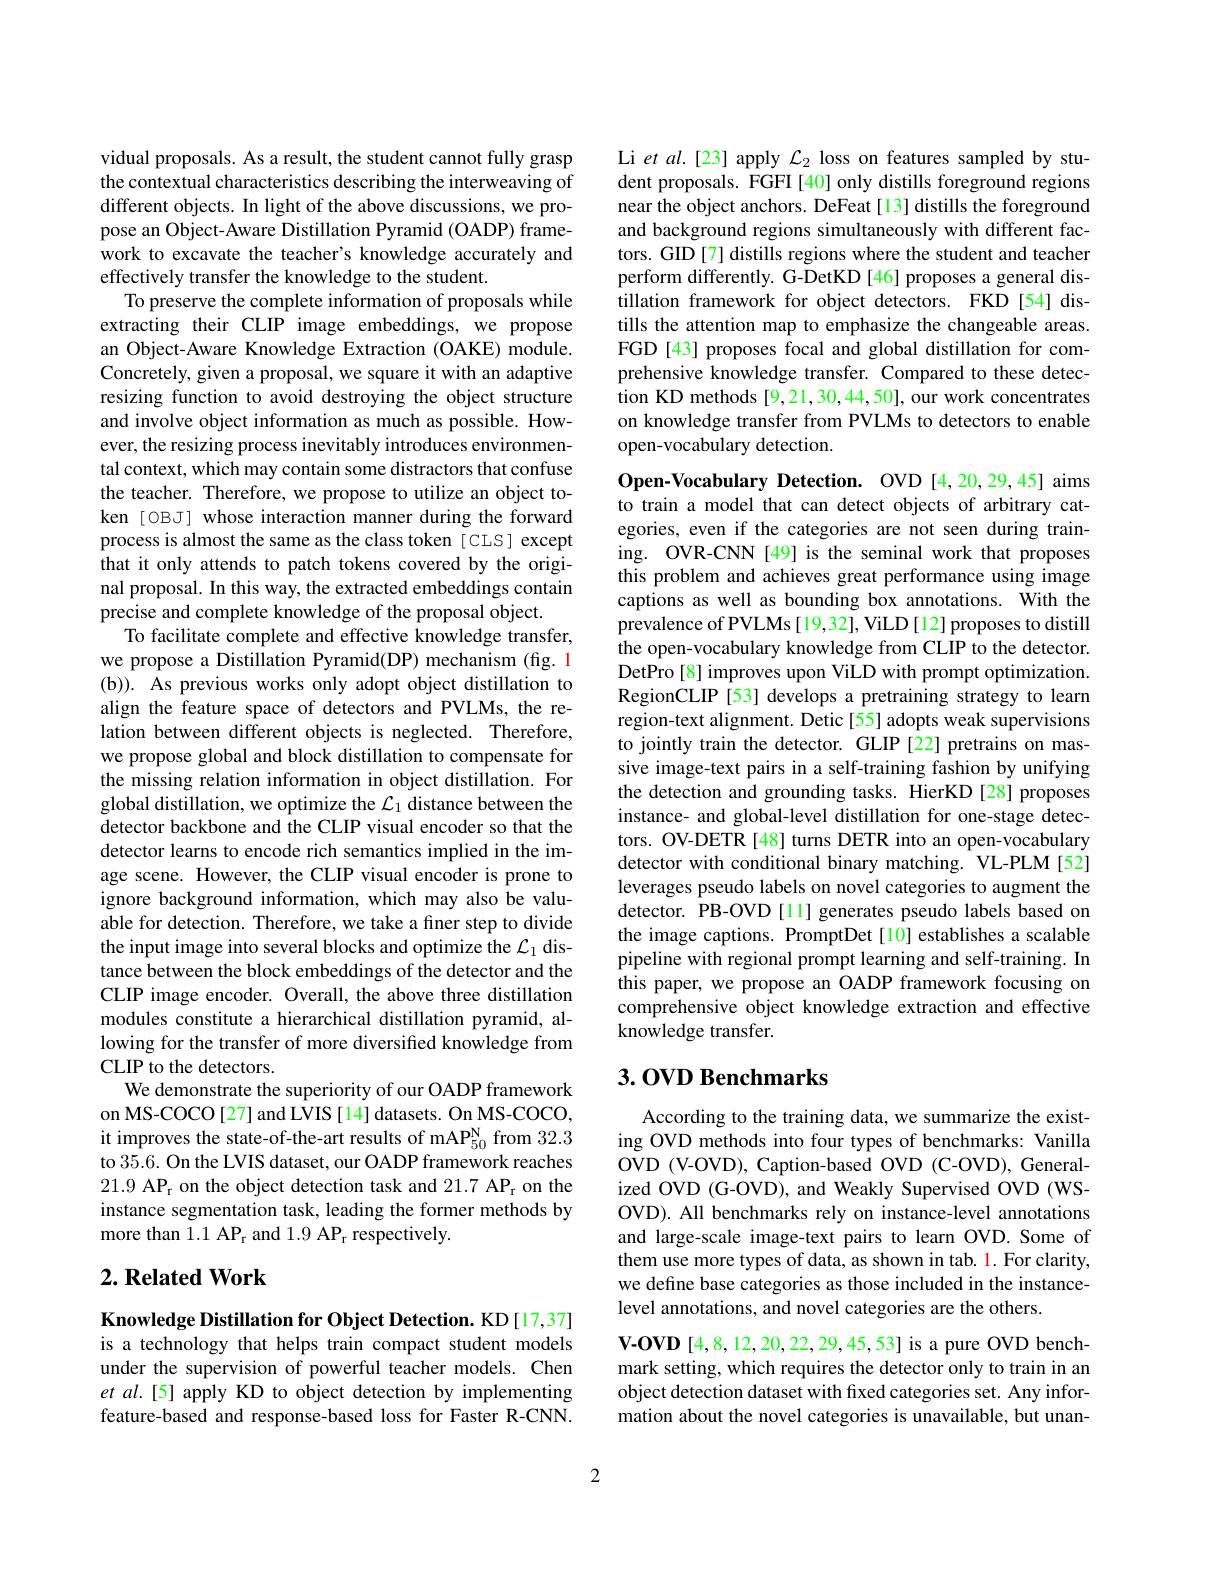
vidual proposals. As a result, the student cannot fully grasp the contextual characteristics describing the interweaving of different objects. In light of the above discussions, we propose an Object-Aware Distillation Pyramid (OADP) framework to excavate the teacher's knowledge accurately and effectively transfer the knowledge to the student.
To preserve the complete information of proposals while extracting their CLIP image embeddings, we propose an Object-Aware Knowledge Extraction (OAKE) module. Concretely, given a proposal, we square it with an adaptive resizing function to avoid destroying the object structure and involve object information as much as possible. However, the resizing process inevitably introduces environmental context, which may contain some distractors that confuse the teacher. Therefore, we propose to utilize an object token [OBJ] whose interaction manner during the forward process is almost the same as the class token [ CLS] except that it only attends to patch tokens covered by the original proposal. In this way, the extracted embeddings contain precise and complete knowledge of the proposal object.
To facilitate complete and effective knowledge transfer, we propose a Distillation Pyramid(DP) mechanism (fig. 1 (b)). As previous works only adopt object distillation to align the feature space of detectors and PVLMs, the relation between different objects is neglected. Therefore, we propose global and block distillation to compensate for the missing relation information in object distillation. For global distillation, we optimize the $\mathcal{L}_1$ distance between the detector backbone and the CLIP visual encoder so that the detector learns to encode rich semantics implied in the image scene. However, the CLIP visual encoder is prone to ignore background information, which may also be valuable for detection. Therefore, we take a finer step to divide the input image into several blocks and optimize the $\mathcal{L}_1$ distance between the block embeddings of the detector and the CLIP image encoder. Overall, the above three distillation modules constitute a hierarchical distillation pyramid, allowing for the transfer of more diversified knowledge from CLIP to the detectors.
We demonstrate the superiority of our OADP framework on MS-COCO[27] and LVIS[14] datasets. On MS-COCO, it improves the state-of-the-art results of mAPP$_50^\mathrm{N}$ from 32.3 to 35.6. On the LVIS dataset, our OADP framework reaches 21.9 APr on the object detection task and 21.7 APr on the instance segmentation task, leading the former methods by more than 1.1 APr and 1.9 APr respectively.

## $2. \textbf{Related Work}$

Knowledge Distillation for Object Detection. KD[17,37] is a technology that helps train compact student models under the supervision of powerful teacher models. Chen et al.[5] apply KD to object detection by implementing feature-based and response-based loss for Faster R-CNN.

Li et al.[23] apply $\mathcal{L}_2$ loss on features sampled by student proposals. FGFI[40] only distills foreground regions near the object anchors. DeFeat [13] distills the foreground and background regions simultaneously with different factors. GID[7] distills regions where the student and teacher perform differently. G-DetKD [46] proposes a general distillation framework for object detectors. FKD [54] distills the attention map to emphasize the changeable areas. FGD [43] proposes focal and global distillation for comprehensive knowledge transfer. Compared to these detection KD methods [9,21,30,44,50], our work concentrates on knowledge transfer from PVLMs to detectors to enable open-vocabulary detection.

Open-Vocabulary Detection. OVD [4,20,29,45] aims to train a model that can detect objects of arbitrary categories, even if the categories are not seen during training. OVR-CNN[49] is the seminal work that proposes this problem and achieves great performance using image captions as well as bounding box annotations. With the prevalence of PVLMs[19,32], ViLD[12] proposes to distill the open-vocabulary knowledge from CLIP to the detector. DetPro [8] improves upon ViLD with prompt optimization. RegionCLIP [53] develops a pretraining strategy to learn region-text alignment. Detic [55] adopts weak supervisions to jointly train the detector. GLIP [22] pretrains on massive image-text pairs in a self-training fashion by unifying the detection and grounding tasks. HierKD [28] proposes instance- and global-level distillation for one-stage detectors. OV-DETR[48] turns DETR into an open-vocabulary detector with conditional binary matching. VL-PLM[52] leverages pseudo labels on novel categories to augment the detector. PB-OVD [11] generates pseudo labels based on the image captions. PromptDet [10] establishes a scalable pipeline with regional prompt learning and self-training. In this paper, we propose an OADP framework focusing on comprehensive object knowledge extraction and effective knowledge transfer.

## 3.0VD Benchmarks

According to the training data, we summarize the existing OVD methods into four types of benchmarks: Vanilla OVD (V-OVD), Caption-based OVD (C-OVD), Generalized OVD (G-OVD), and Weakly Supervised OVD (WSOVD). All benchmarks rely on instance-level annotations and large-scale image-text pairs to learn OVD. Some of them use more types of data, as shown in tab. 1. For clarity, we define base categories as those included in the instancelevel annotations, and novel categories are the others.
V-OVD [4,8,12,20,22,29,45,53] is a pure OVD benchmark setting, which requires the detector only to train in an object detection dataset with fixed categories set. Any infor-

mation about the novel categories is unavailable, but unan-

2